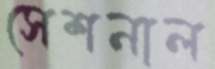
সেশনাল